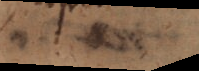
a